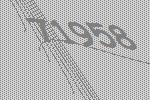
71958